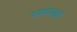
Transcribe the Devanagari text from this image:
पर्यावरणही